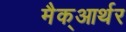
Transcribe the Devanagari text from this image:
मैक्‌आर्थर